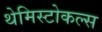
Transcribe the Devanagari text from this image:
थेमिस्टोकल्स